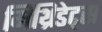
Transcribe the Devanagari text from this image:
मिथ्रिडेट्स